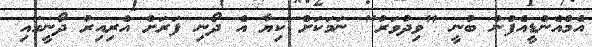
އެމްއެންޑީއެފުން ބުނީ "ވިދުވަރު" ނަމަކަށް ކިޔާ އެ ދޯނި ފަރަށް އެރިއިރު ދޯނީގައި